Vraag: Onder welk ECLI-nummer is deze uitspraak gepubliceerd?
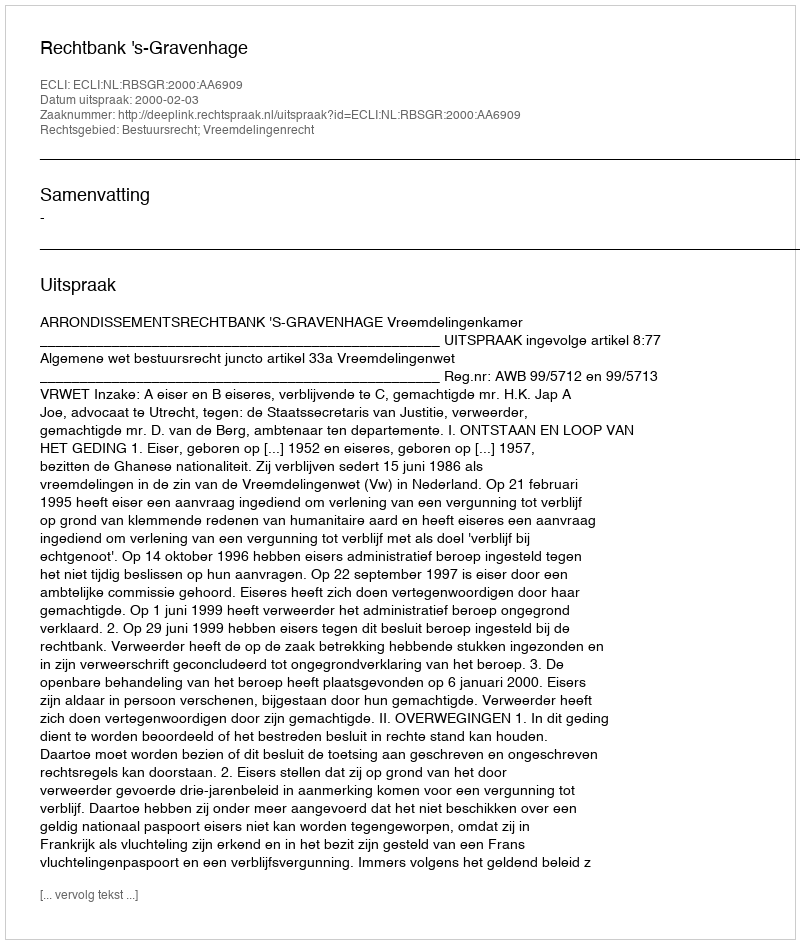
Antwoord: ECLI:NL:RBSGR:2000:AA6909